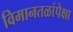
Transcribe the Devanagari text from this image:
विमानतळांपेक्षा